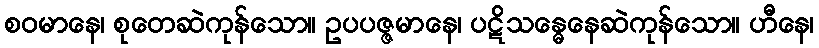
စဝမာနေ၊ စုတေဆဲကုန်သော။ ဥပပဇ္ဇမာနေ၊ ပဋိသန္ဓေနေဆဲကုန်သော။ ဟီနေ၊